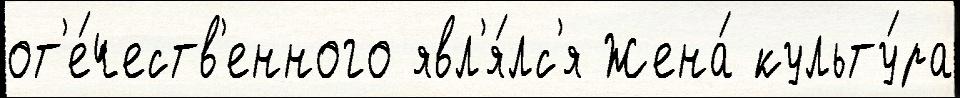
от'е́честв'енного явл'я́лс'я Жена́ культу́ра